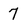
Character: 7